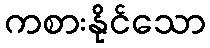
ကစားနိုင်သော